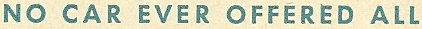
NO CAR EVER OFFERED ALL